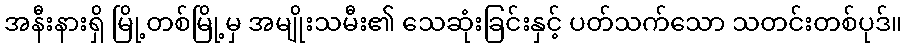
အနီးနားရှိ မြို့တစ်မြို့မှ အမျိုးသမီး၏ သေဆုံးခြင်းနှင့် ပတ်သက်သော သတင်းတစ်ပုဒ်။